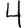
Digit: 4